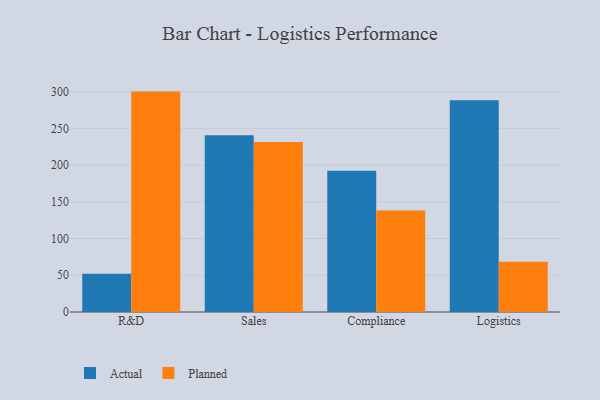
{"axis": {"x": "Department", "y": "Market Share (%)"}, "legend": ["Actual", "Planned"], "data": [{"x": "R&D", "y": 52.2, "type": "Actual"}, {"x": "R&D", "y": 300.1, "type": "Planned"}, {"x": "Sales", "y": 240.5, "type": "Actual"}, {"x": "Sales", "y": 231.5, "type": "Planned"}, {"x": "Compliance", "y": 192.4, "type": "Actual"}, {"x": "Compliance", "y": 138.1, "type": "Planned"}, {"x": "Logistics", "y": 288.2, "type": "Actual"}, {"x": "Logistics", "y": 68.4, "type": "Planned"}]}